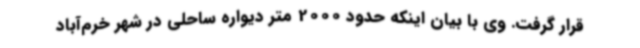
قرار گرفت. وی با بیان اینکه حدود 2000 متر دیواره ساحلی در شهر خرم‌آباد